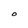
Character: 0